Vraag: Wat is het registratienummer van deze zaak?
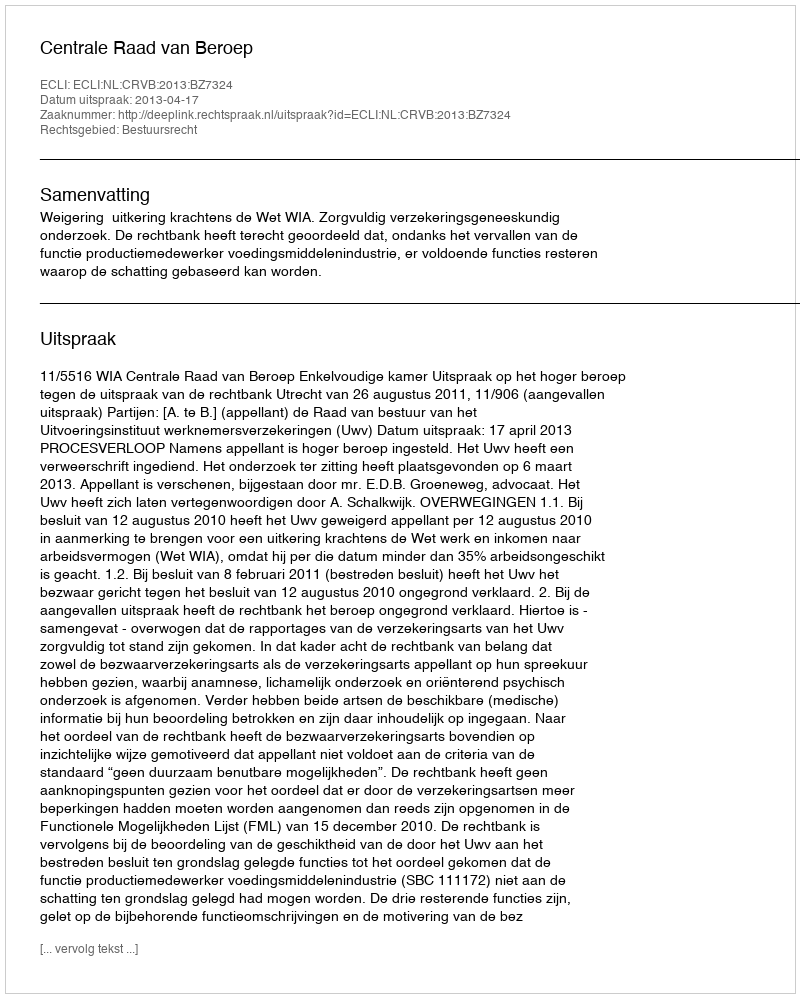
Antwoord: http://deeplink.rechtspraak.nl/uitspraak?id=ECLI:NL:CRVB:2013:BZ7324